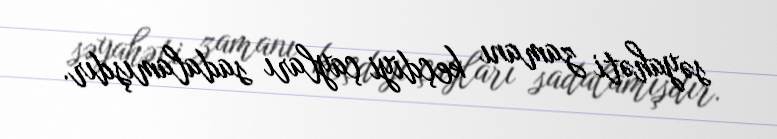
səyahəti zamanı keçdiyi çayları sadalamışdır.